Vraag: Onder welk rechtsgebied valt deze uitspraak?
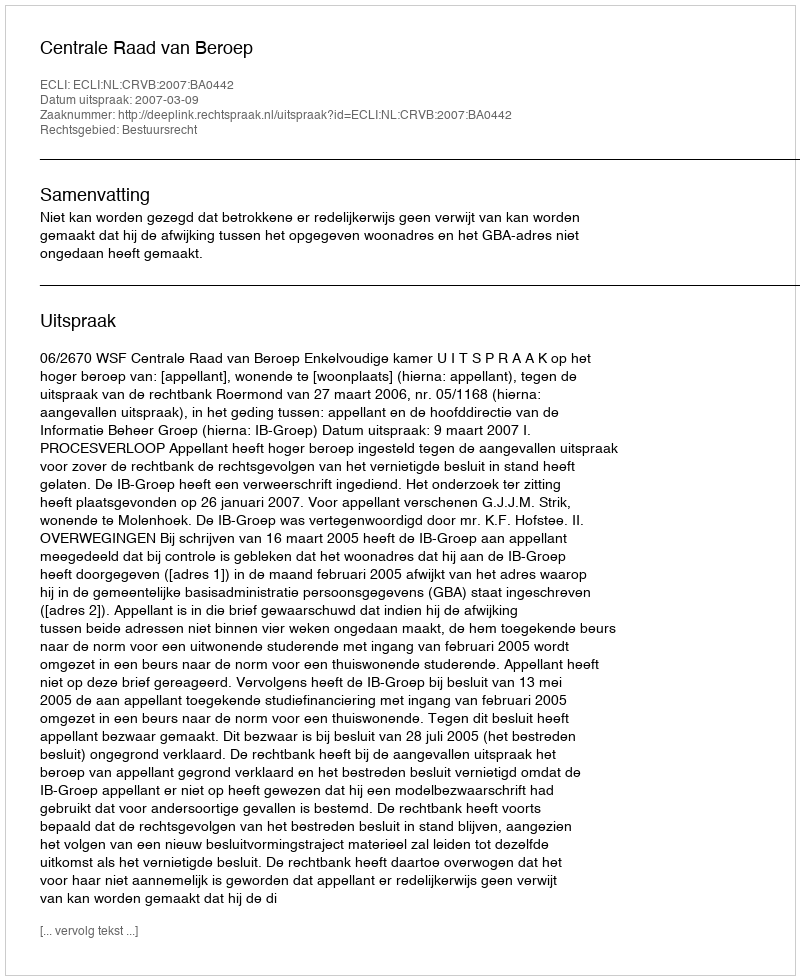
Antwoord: Bestuursrecht